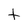
Character: t